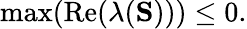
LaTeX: \operatorname*{max}(\operatorname{Re}(\lambda(\mathbf{S})))\leq 0.